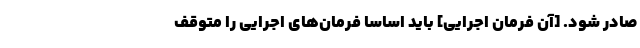
صادر شود. [آن فرمان اجرایی] باید اساساً فرمان‌های اجرایی را متوقف